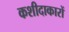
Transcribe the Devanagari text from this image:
कशीदाकारों